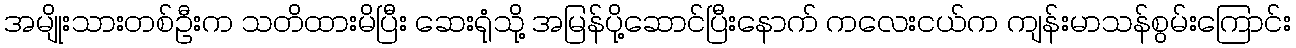
အမျိုးသားတစ်ဦးက သတိထားမိပြီး ဆေးရုံသို့ အမြန်ပို့ဆောင်ပြီးနောက် ကလေးငယ်က ကျန်းမာသန်စွမ်းကြောင်း